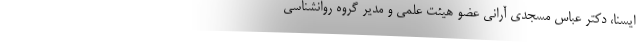
ایسنا، دکتر عباس مسجدی آرانی عضو هیئت علمی و مدیر گروه روانشناسی